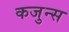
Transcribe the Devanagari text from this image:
कजुन्स